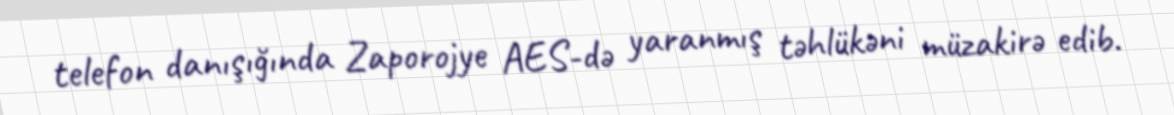
telefon danışığında Zaporojye AES-də yaranmış təhlükəni müzakirə edib.